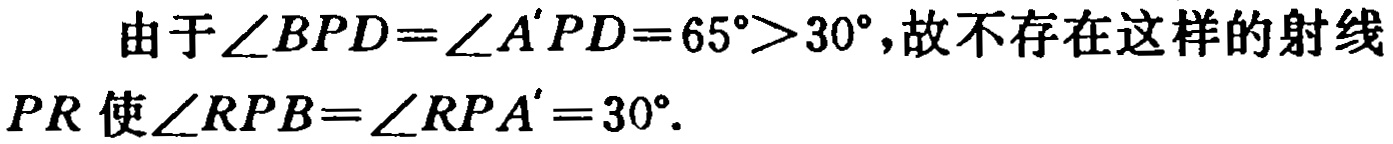
由于\(\angle BPD = \angle A'PD = 65^{\circ} > 30^{\circ}\)，故不存在这样的射线\(PR\)使\(\angle RPB = \angle RPA' = 30^{\circ}\).